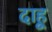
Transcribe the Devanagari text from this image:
दाहू